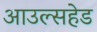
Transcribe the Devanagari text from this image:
आउल्सहेड